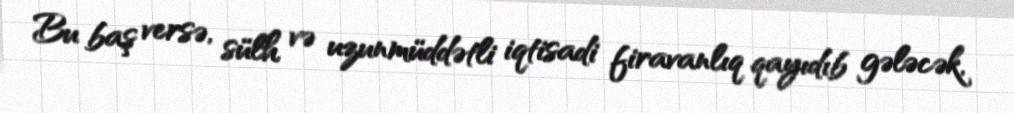
Bu baş versə, sülh və uzunmüddətli iqtisadi firavanlıq qayıdıb gələcək,